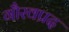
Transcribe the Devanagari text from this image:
गौरवप्रद